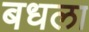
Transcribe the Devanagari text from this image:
बधला